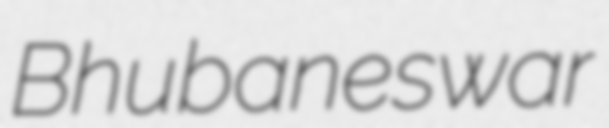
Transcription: Bhubaneswar